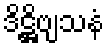
ဒိဋ္ဌိဗျသနံ